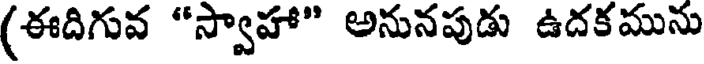
(ఈదిగువ "స్వాహా" అనునపుడు ఉదకమును